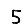
Digit: 5